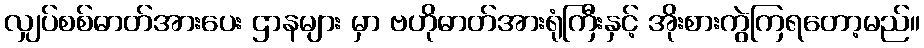
လျှပ်စစ်ဓာတ်အားပေး ဌာနများ မှာ ဗဟိုဓာတ်အားရုံကြီးနှင့် အိုးစားကွဲကြရတော့မည်။